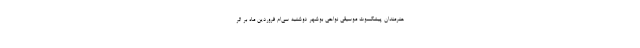
هنرمندان پیشکسوت موسیقی نواحی بوشهر دوشنبه سی‌ام فروردین ماه بر اثر